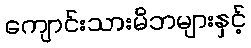
ကျောင်းသားမိဘများနှင့်